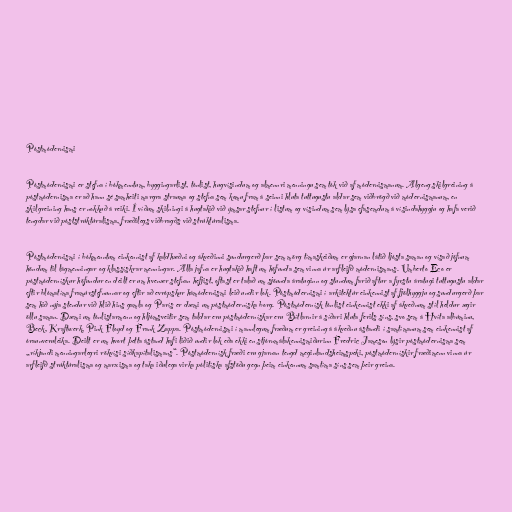
Póstmódernismi

Póstmódernismi er stefna í bókmenntum, byggingarlist, tónlist, hugvísindum og almennri menningu sem tók við af módernismanum. Algeng skilgreining á
póstmódernisma er að hann sé samheiti margra strauma og stefna sem komu fram á seinni hluta tuttugustu aldar sem viðbrögð við módernismanum, en
skilgreining hans er nokkuð á reiki. Í víðum skilningi á hugtakið við ýmsar stefnur í listum og vísindum sem lýsa efasemdum á vísindahyggju og hafa verið
tengdar við póststrúktúralisma, fræðilegs viðbragðs við strúktúralisma.

Póstmódernismi í bókmenntum einkennist af kaldhæðni og ákveðinni sundurgerð þar sem mörg tímaskeiðum er gjarnan látið ljósta saman og vísað jöfnum
höndum til lágmenningar og klassískrar menningar. Alla jafna er hugtakið haft um höfunda sem vinna úr arfleifð módernismans. Umberto Eco er
póstmódernískur höfundur en deilt er um hvenær stefnan hefjist, oftast er talað um sjöunda áratuginn og stundum farið aftur a fyrstu áratugi tuttugustu aldar
eftir blómatíma framúrstefnunnar og eftir að evrópskur hámódernismi leið undir lok. Póstmódernismi í arkitektúr einkennist af fjölhyggju og sundurgerð þar
sem hið nýja stendur við hlið hins gamla og París er dæmi um póstmóderníska borg. Póstmódernísk tónlist einkennist ekki af ákveðnum stíl heldur ægir
öllu saman. Dæmi um tónlistarmenn og hljómsveitir sem taldar eru póstmódernískar eru Bítlarnir á síðari hluta ferils síns, svo sem á Hvíta albúminu,
Beck, Kraftwerk, Pink Floyd og Frank Zappa. Póstmódernismi í mannlegum fræðum er greining á ákveðnu ástandi í samtímanum sem einkennist af
óraunveruleika. Deilt er um hvort þetta ástand hafi liðið undir lok eða ekki en stjórnmálakennismiðurinn Fredric Jameson lýsir póstmódernisma sem
„ríkjandi menningarlegri rökvísi síðkapítalismans“. Póstmódernísk fræði eru gjarnan tengd meginlandsheimspeki, póstmódernískir fræðimenn vinna úr
arfleifð strúktúralisma og marxisma og taka iðulega virka pólitíska afstöðu gegn þeim einkennum samtíma síns sem þeir greina.